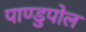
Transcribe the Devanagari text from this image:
पाण्डुपोल